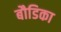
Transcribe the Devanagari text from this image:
बौडिका